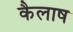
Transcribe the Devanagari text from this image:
कैलाष